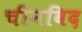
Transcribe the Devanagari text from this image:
चीनविद